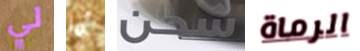
لي أما شحن الرماة